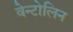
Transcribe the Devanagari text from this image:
वेन्टोलिन